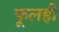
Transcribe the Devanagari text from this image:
फूलही